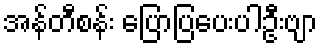
အန်တီစန်း ပြောပြပေးပါဦးဗျာ